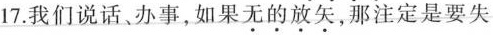
17.我们说话、办事，如果无的放矢，那注定是要失